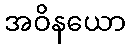
အဝိနယော